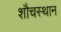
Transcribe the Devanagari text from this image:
शौचस्थान